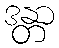
ဒန္တာ